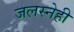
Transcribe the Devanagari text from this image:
जलस्नेही